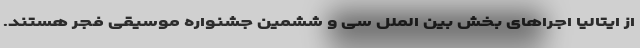
از ایتالیا اجراهای بخش بین الملل سی و ششمین جشنواره موسیقی فجر هستند.